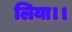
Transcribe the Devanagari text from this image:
लिया।।